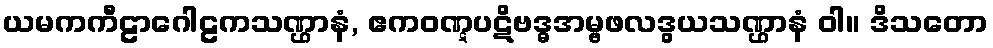
ယမကကီဠာဂေါဠကသဏ္ဌာနံ, ဧကဝဏ္ဋပဋိဗဒ္ဓအမ္ဗဖလဒွယသဏ္ဌာနံ ဝါ။ ဒိသတော